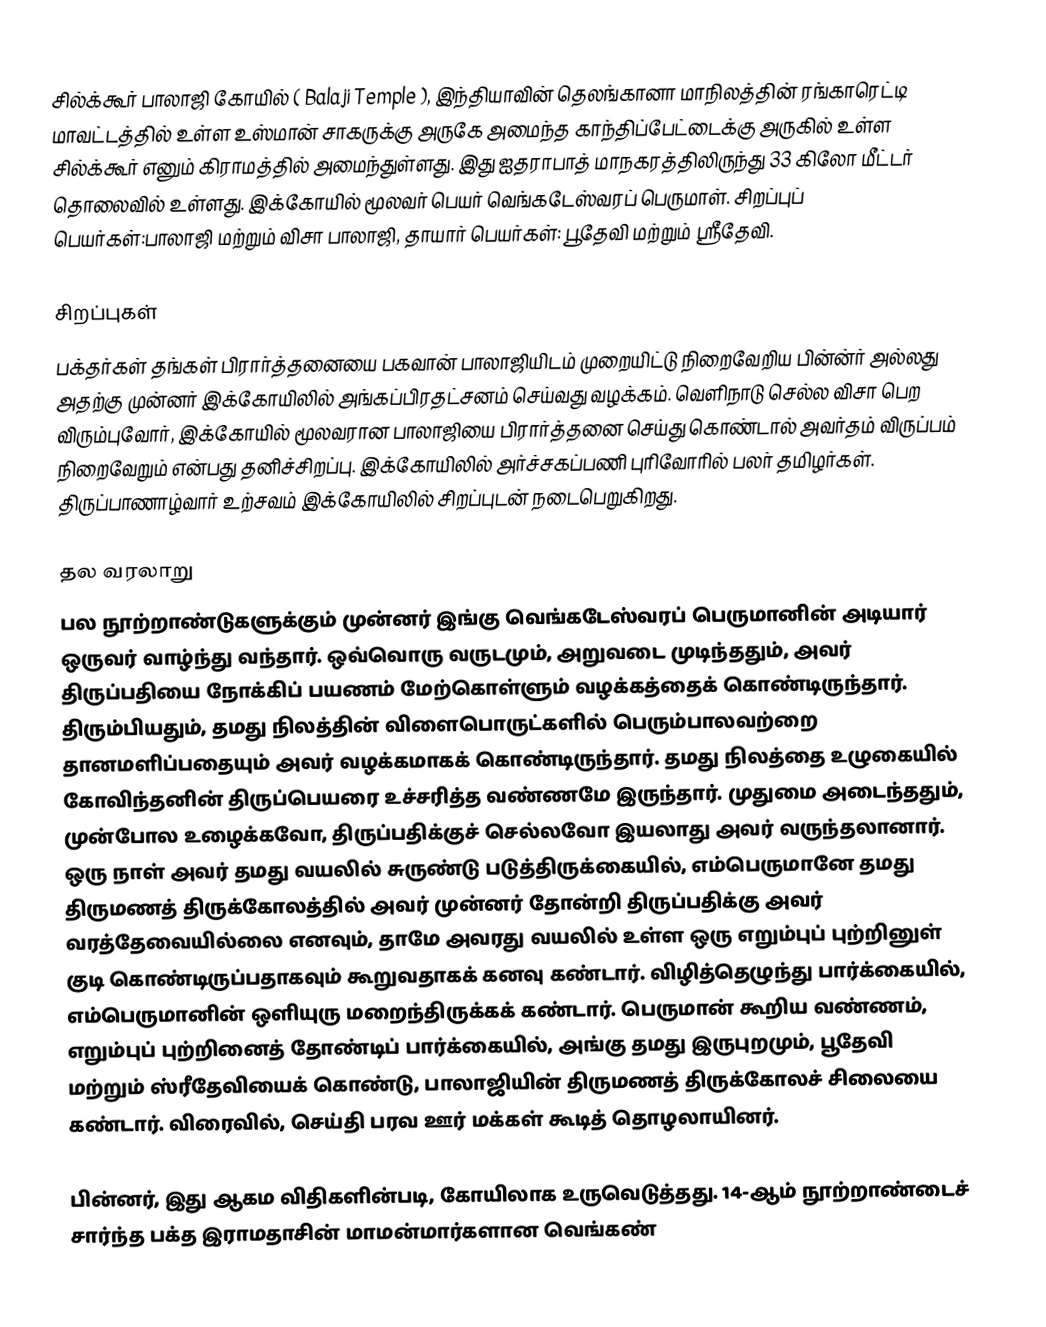
சில்க்கூர் பாலாஜி கோயில் (  Balaji Temple ),  இந்தியாவின்   தெலங்கானா மாநிலத்தின் ரங்காரெட்டி மாவட்டத்தில் உள்ள உஸ்மான் சாகருக்கு  அருகே அமைந்த காந்திப்பேட்டைக்கு அருகில் உள்ள சில்க்கூர் எனும் கிராமத்தில் அமைந்துள்ளது. இது ஐதராபாத் மாநகரத்திலிருந்து 33 கிலோ மீட்டர் தொலைவில் உள்ளது. இக்கோயில் மூலவர் பெயர் வெங்கடேஸ்வரப் பெருமாள். சிறப்புப் பெயர்கள்:பாலாஜி மற்றும் விசா பாலாஜி, தாயார் பெயர்கள்: பூதேவி மற்றும் ஸ்ரீதேவி.

சிறப்புகள்
பக்தர்கள் தங்கள் பிரார்த்தனையை பகவான் பாலாஜியிடம் முறையிட்டு நிறைவேறிய பின்ன்ர் அல்லது அதற்கு முன்னர் இக்கோயிலில் அங்கப்பிரதட்சனம் செய்வது வழக்கம். வெளிநாடு செல்ல விசா பெற விரும்புவோர்,  இக்கோயில்  மூலவரான பாலாஜியை பிரார்த்தனை செய்து கொண்டால் அவர்தம் விருப்பம் நிறைவேறும் என்பது தனிச்சிறப்பு. இக்கோயிலில் அர்ச்சகப்பணி புரிவோரில் பலர் தமிழர்கள். திருப்பாணாழ்வார் உற்சவம் இக்கோயிலில் சிறப்புடன் நடைபெறுகிறது.

தல வரலாறு
பல நூற்றாண்டுகளுக்கும் முன்னர் இங்கு வெங்கடேஸ்வரப் பெருமானின் அடியார் ஒருவர் வாழ்ந்து வந்தார். ஒவ்வொரு வருடமும், அறுவடை முடிந்ததும், அவர் திருப்பதியை நோக்கிப் பயணம் மேற்கொள்ளும் வழக்கத்தைக் கொண்டிருந்தார். திரும்பியதும், தமது நிலத்தின் விளைபொருட்களில் பெரும்பாலவற்றை தானமளிப்பதையும் அவர் வழக்கமாகக் கொண்டிருந்தார். தமது நிலத்தை உழுகையில் கோவிந்தனின் திருப்பெயரை உச்சரித்த வண்ணமே இருந்தார். முதுமை அடைந்ததும், முன்போல உழைக்கவோ, திருப்பதிக்குச் செல்லவோ இயலாது அவர் வருந்தலானார். ஒரு நாள் அவர் தமது வயலில் சுருண்டு படுத்திருக்கையில், எம்பெருமானே தமது திருமணத் திருக்கோலத்தில் அவர் முன்னர் தோன்றி திருப்பதிக்கு அவர் வரத்தேவையில்லை எனவும், தாமே அவரது வயலில் உள்ள ஒரு எறும்புப் புற்றினுள் குடி கொண்டிருப்பதாகவும் கூறுவதாகக் கனவு கண்டார். விழித்தெழுந்து பார்க்கையில், எம்பெருமானின் ஒளியுரு மறைந்திருக்கக் கண்டார். பெருமான் கூறிய வண்ணம், எறும்புப் புற்றினைத் தோண்டிப் பார்க்கையில், அங்கு தமது இருபுறமும், பூதேவி மற்றும் ஸ்ரீதேவியைக் கொண்டு, பாலாஜியின் திருமணத் திருக்கோலச் சிலையை கண்டார். விரைவில், செய்தி பரவ ஊர் மக்கள் கூடித் தொழலாயினர்.

பின்னர், இது ஆகம விதிகளின்படி, கோயிலாக உருவெடுத்தது. 14-ஆம் நூற்றாண்டைச் சார்ந்த பக்த இராமதாசின் மாமன்மார்களான வெங்கண்